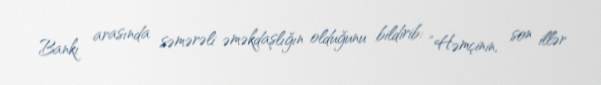
Bankı arasında səmərəli əməkdaşlığın olduğunu bildirib: “Həmçinin, son illər